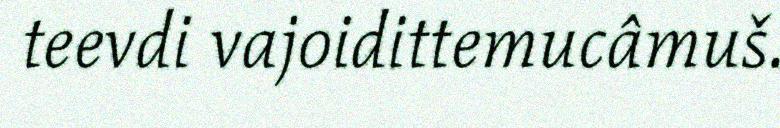
teevdi vajoidittemucâmuš.